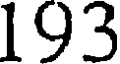
193